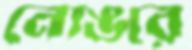
নোঙরে